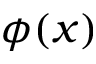
\phi ( x )